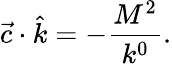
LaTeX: \vec{c}\cdot\hat{k}=-\frac{M^{2}}{k^{0}}.